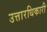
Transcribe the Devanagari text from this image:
उत्तारधिकारी